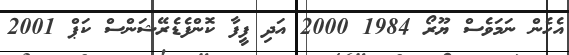
އެހެން ނަމަވެސް ޔޫރޯ 1984 2000 އަދި ފީފާ ކޮންފެޑެރޭޝަންސް ކަޕް 2001